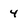
Character: 4